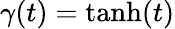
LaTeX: \gamma(t)=\operatorname{tanh}(t)